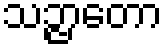
သဉ္ဇာတော